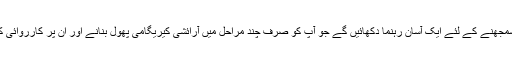
اس کے بعد ، ہم آپ کو سمجھنے کے لئے ایک آسان رہنما دکھائیں گے جو آپ کو صرف چند مراحل میں آرائشی کیریگامی پھول بنانے اور ان پر کارروائی کرنے کی سہولت دے گا۔